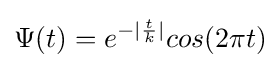
\Psi (t)=e^{-|{t \over k}|}cos(2\pi t)